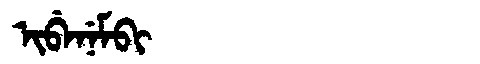
Manchu: ᡳᠪᡝᠨᡝᠮᠪᡳ
Romanization: IBENEMBI